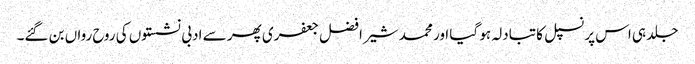
جلد ہی اس پرنسپل کا تبادلہ ہو گیا اور محمد شیر افضل جعفری پھر سے ادبی نشستوں کی روح رواں بن گئے۔